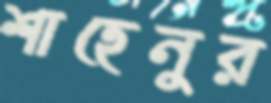
শাহেনুর